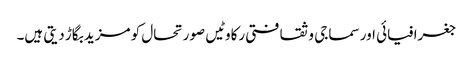
جغرافیائی اور سماجی و ثقافتی رکاوٹیں صورتحال کو مزید بگاڑ دیتی ہیں۔